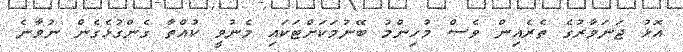
އޮޅު ޖަނަވާރުގެ ތެރެއިން ވެސް މުހިންމު ބޭނުމަކަށްޓަކައި މެނުވީ ކުއްތާ ގެންގުޅެގެން ނުވާނެ